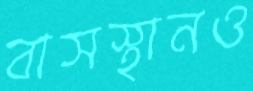
বাসস্থানও